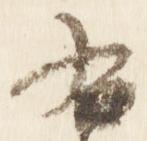
右